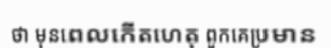
ថា មុនពេលកើតហេតុ ពួកគេប្រមាន